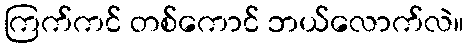
ကြက်ကင် တစ်ကောင် ဘယ်လောက်လဲ။